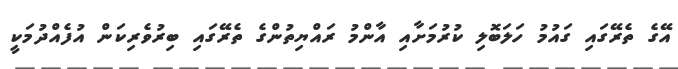
އޭގެ ތެރޭގައި ގައުމު ހަލަބޮލި ކުރުމަށާއި އާންމު ރައްޔިތުންގެ ތެރޭގައި ބިރުވެރިކަން އުފެއްދުމަކީ